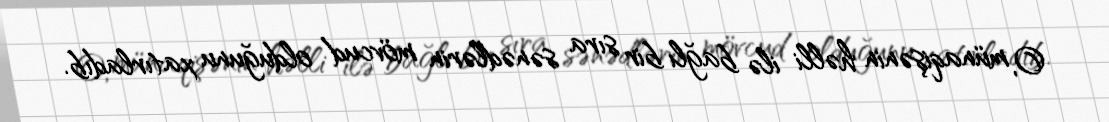
O, münaqişənin həlli ilə bağlı bir sıra sənədlərin mövcud olduğunu xatırladıb.